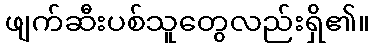
ဖျက်ဆီးပစ်သူတွေလည်းရှိ၏။